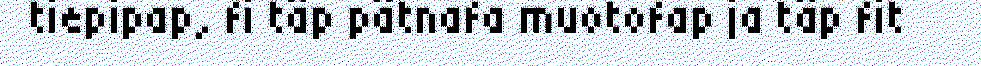
tiepipap, fi täp pätnafa muotofap ja täp fit